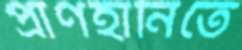
প্রাণহানিতে